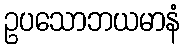
ဥပသောဘယမာနံ